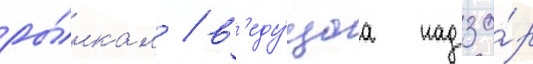
ры́нкам / в'еду́щаа надзо́р